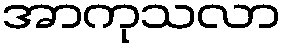
အာကုသလာ